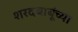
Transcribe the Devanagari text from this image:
शरदबाबूंच्या